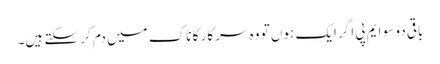
باقی دو سو ایم پی اگر ایک ہوں تو وہ سرکار کا ناک میں دم کر سکتے ہیں۔